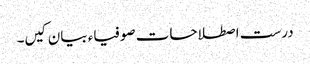
درست اصطلاحات صوفیاء بیان کیں۔